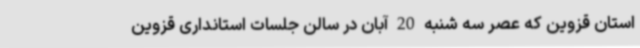
استان قزوین که عصر سه شنبه 20 آبان در سالن جلسات استانداری قزوین